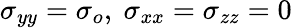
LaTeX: \sigma_{yy}=\sigma_{o},~\sigma_{xx}=\sigma_{zz}=0